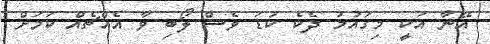
އޭނާ އަކީ މިގައުމު ދެކެ ކުޑަ ވެސް ލޯބި ވާ އެއްޗެއް ކަމަށް